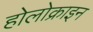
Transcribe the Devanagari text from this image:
होलोक्राइन